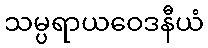
သမ္ပရာယဝေဒနီယံ